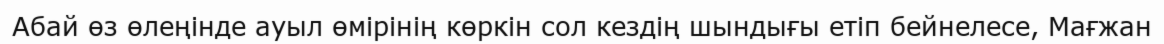
Абай өз өлеңінде ауыл өмірінің көркін сол кездің шындығы етіп бейнелесе, Мағжан